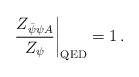
\begin{align*}\left. \frac{Z_{\bar{\psi}\psi A}}{Z_\psi} \right|_{\rm QED} = 1\, .\end{align*}